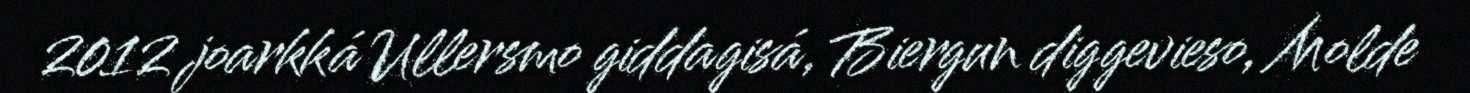
2012 joarkká Ullersmo giddagisá, Biergun diggevieso, Molde